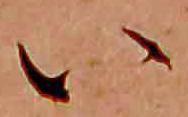
い